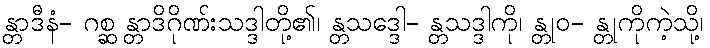
န္တာဒီနံ- ဂစ္ဆ န္တာဒိဂိုဏ်းသဒ္ဒါတို့၏၊ န္တသဒ္ဒေါ- န္တသဒ္ဒါကို၊ န္တုဝ- န္တုကိုကဲ့သို့၊